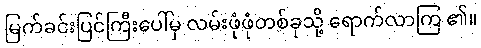
မြက်ခင်းပြင်ကြီးပေါ်မှ လမ်းဖုံဖုံတစ်ခုသို့ ရောက်လာကြ ၏။